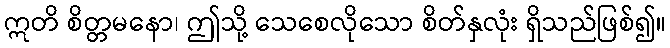
ဣတိ စိတ္တမနော၊ ဤသို့ သေစေလိုသော စိတ်နှလုံး ရှိသည်ဖြစ်၍။